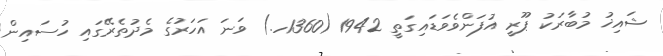
ޝައިޚު މުބާރަކު ޕޫރީ އުފަންވެވަޑައިގަތީ 1942 (1360ހ.) ވަނަ އަހަރުގެ މެދުތެރޭގައި ހުސައިން